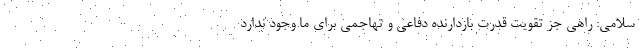
سلامی: راهی جز تقویت قدرت بازدارنده دفاعی و تهاجمی برای ما وجود ندارد